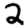
Digit: 2